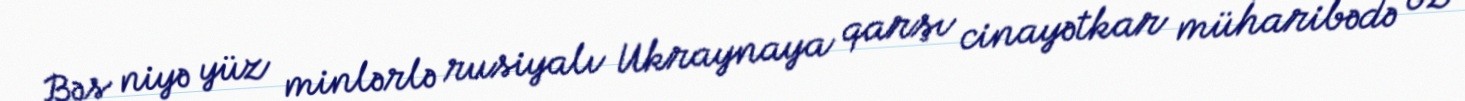
Bəs niyə yüz minlərlə rusiyalı Ukraynaya qarşı cinayətkar müharibədə öz